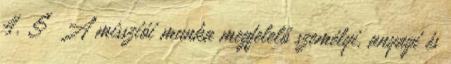
4. § A missziói munka megfelelő személyi, anyagi és